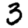
Digit: 3